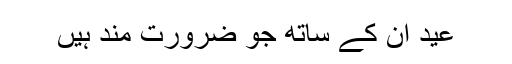
عید ان کے ساتھ جو ضرورت مند ہیں